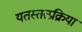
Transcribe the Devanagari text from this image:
यतस्तत्प्रक्रिया